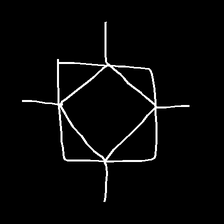
Glyph: light